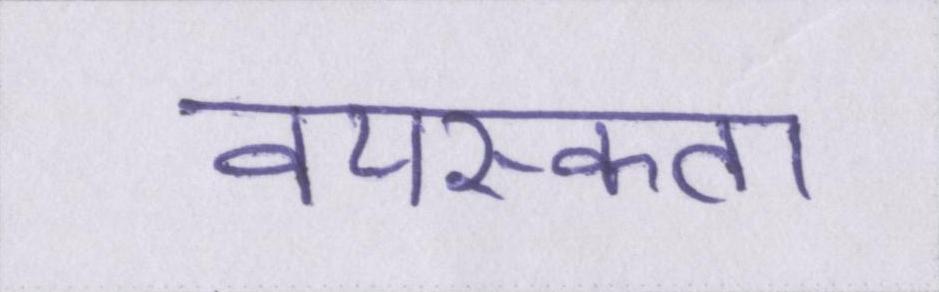
वयस्कता